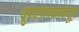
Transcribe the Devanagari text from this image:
ध्रुपदगायकाकडून